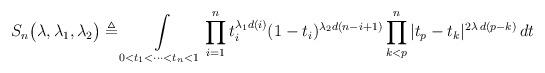
LaTeX: \begin{align*}S_n\bigl(\lambda, \lambda_1,\lambda_2\bigr) \triangleq \int\limits_{0<t_1<\cdots<t_n<1} \prod\limits_{i=1}^n t_i^{\lambda_1 d(i)}(1-t_i)^{\lambda_2 d(n-i+1)}\prod\limits_{k<p}^n |t_p-t_k|^{2\lambda\,d(p-k)}\,dt\end{align*}